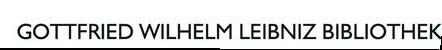
GOTTFRIED WILHELM LEIBNIZ BIBLIOTHEK